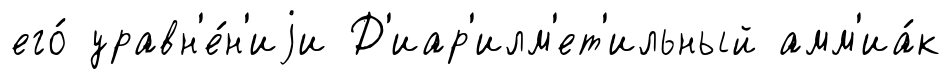
его́ уравн'е́н'иjи Д'иар'илм'ет'ильный амм'иа́к